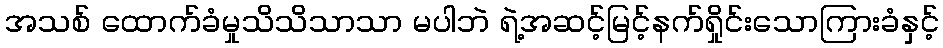
အသစ် ထောက်ခံမှုသိသိသာသာ မပါဘဲ ရဲ့အဆင့်မြင့်နက်ရှိုင်းသောကြားခံနှင့်